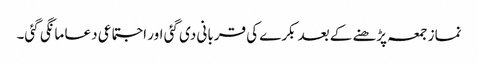
نماز جمعہ پڑھنے کے بعد بکرے کی قربانی دی گئی اور اجتماعی دعا مانگی گئی۔